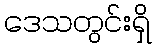
ဒေသတွင်းရှိ